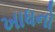
ખાધનો